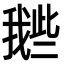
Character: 𢧲